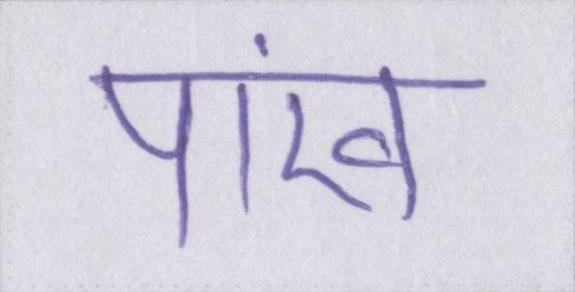
पांख